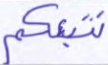
نتبعكم